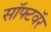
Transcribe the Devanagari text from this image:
सॉफ्टवॅर